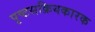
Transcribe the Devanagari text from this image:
पृष्टसक्रियकारक